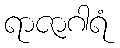
ရာဇာဂါရံ